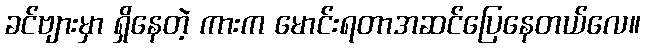
ခင်ဗျားမှာ ရှိနေတဲ့ ကားက မောင်းရတာအဆင်ပြေနေတယ်လေ။